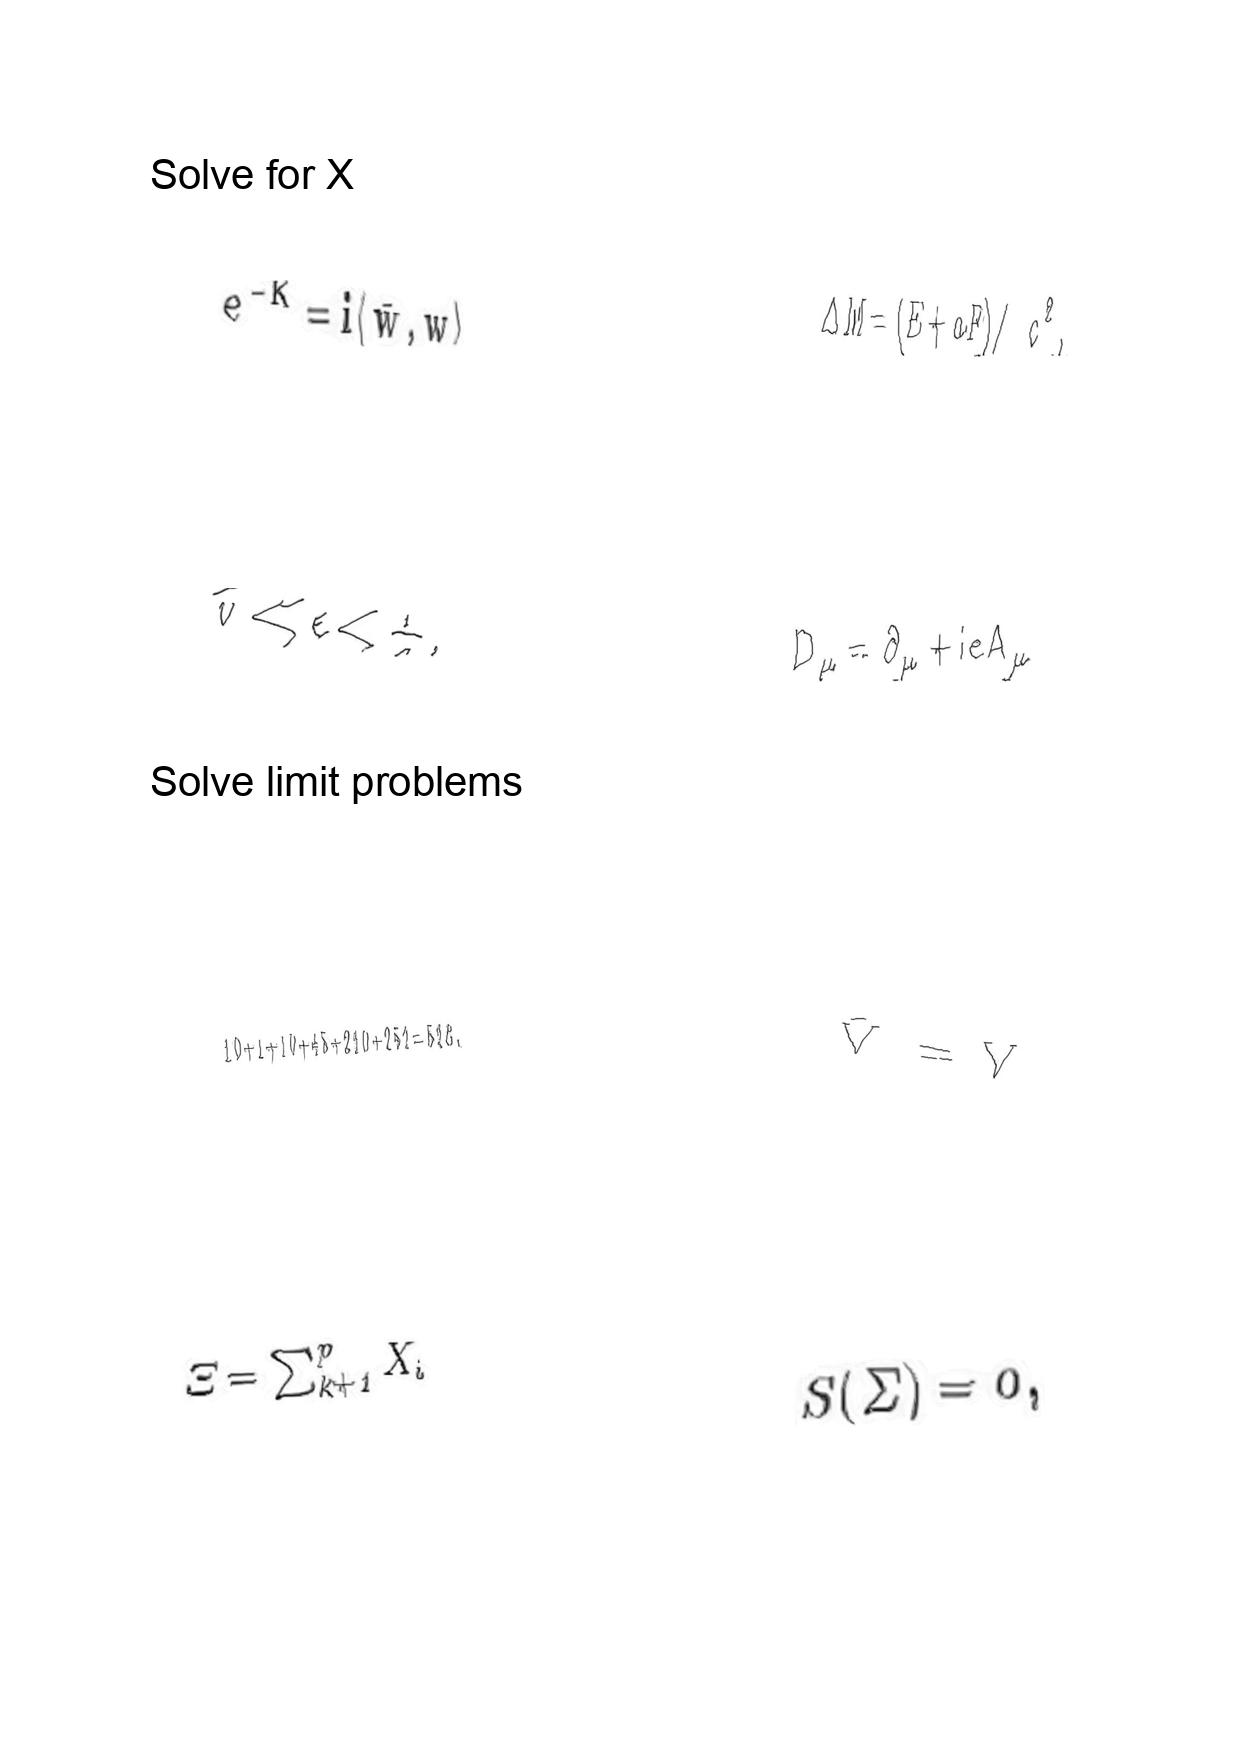
LaTeX transcription:
e ^ { - K } = i \langle \bar { w } , w \rangle
\tilde { v } \ll \epsilon \lt \frac { 1 } { a } ,
1 0 + 1 + 1 0 + 4 5 + 2 1 0 + 2 5 2 = 5 2 8 .
\Xi = \sum _ { k + 1 } ^ { p } X _ { i }
\Delta M = \lparen E + a F \rparen / c ^ { 2 } ,
D _ { \mu } = \partial _ { \mu } + i e A _ { \mu }
\bar { V } = V
S \lparen \Sigma \rparen = 0 ,